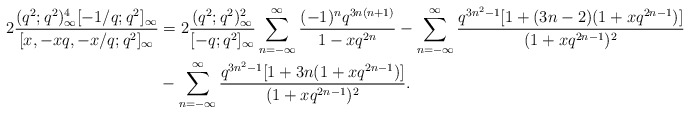
\begin{align*} 2\frac{(q^2;q^2)_\infty^4[-1/q;q^2]_\infty}{[x, -xq, -x/q;q^2]_\infty}&=2 \frac{(q^2;q^2)_\infty^2}{[-q;q^2]_\infty} \sum_{n=-\infty}^{\infty}\frac{(-1)^{n}q^{3n(n+1)}}{1-xq^{2n}}-\sum_{n=-\infty}^{\infty}\frac{q^{3n^2-1}[1+(3n-2)(1+xq^{2n-1})]}{(1+xq^{2n-1})^2} \\&-\sum_{n=-\infty}^{\infty}\frac{q^{3n^2-1}[1+3n(1+xq^{2n-1})]}{(1+xq^{2n-1})^2}.\end{align*}